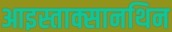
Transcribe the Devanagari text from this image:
आइस्ताक्सानथिन